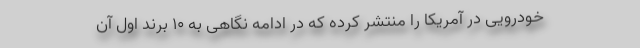
خودرویی در آمریکا را منتشر کرده که در ادامه نگاهی به 10 برند اول آن